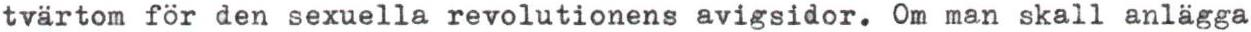
tvärtom för den sexuella revolutionens avigsidor. Om man skall anlägga